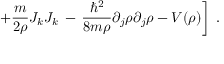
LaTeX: \left. + \frac { m } { 2 \rho } J _ { k } J _ { k } \, - \, \frac { \hbar ^ { 2 } } { 8 m \rho } \partial _ { j } \rho \partial _ { j } \rho - V ( \rho ) \right] \; .